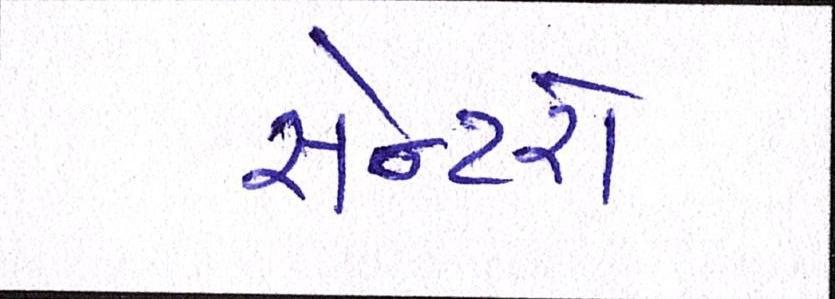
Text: સેન્ટરો